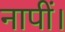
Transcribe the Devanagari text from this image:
नापीं।